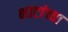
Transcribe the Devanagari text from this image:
भाटांच्या